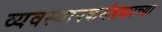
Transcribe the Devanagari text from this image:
व्यवस्थापकमंडळाच्या